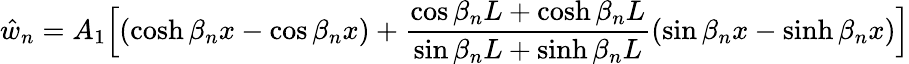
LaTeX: {\hat{w}}_{n}=A_{1}{\Bigl[}(\cosh\beta_{n}x-\cos\beta_{n}x)+{\frac{\cos\beta_{n}L+\cosh\beta_{n}L}{\sin\beta_{n}L+\sinh\beta_{n}L}}(\sin\beta_{n}x-\sinh\beta_{n}x){\Bigr]}